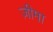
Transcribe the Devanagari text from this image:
ज़ीमा